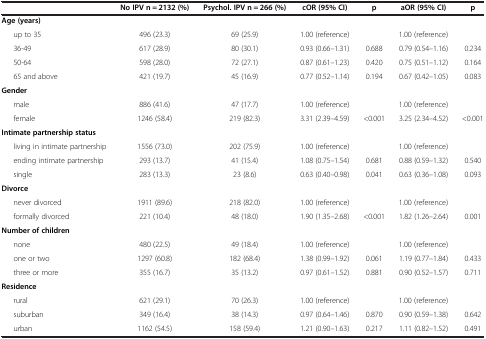
<table><thead><tr><td><b> </b></td><td><b>No IPV n = 2132 (%)</b></td><td><b>Psychol. IPV n = 266 (%)</b></td><td><b>cOR (95% CI)</b></td><td><b>p</b></td><td><b>aOR (95% CI)</b></td><td><b>p</b></td></tr></thead><tbody><tr><td><b>Age (years)</b></td><td> </td><td> </td><td> </td><td> </td><td> </td><td> </td></tr><tr><td>up to 35</td><td>496 (23.3)</td><td>69 (25.9)</td><td>1.00 (reference)</td><td> </td><td>1.00 (reference)</td><td> </td></tr><tr><td>36-49</td><td>617 (28.9)</td><td>80 (30.1)</td><td>0.93 (0.66–1.31)</td><td>0.688</td><td>0.79 (0.54–1.16)</td><td>0.234</td></tr><tr><td>50-64</td><td>598 (28.0)</td><td>72 (27.1)</td><td>0.87 (0.61–1.23)</td><td>0.420</td><td>0.75 (0.51–1.12)</td><td>0.164</td></tr><tr><td>65 and above</td><td>421 (19.7)</td><td>45 (16.9)</td><td>0.77 (0.52–1.14)</td><td>0.194</td><td>0.67 (0.42–1.05)</td><td>0.083</td></tr><tr><td><b>Gender</b></td><td> </td><td> </td><td> </td><td> </td><td> </td><td> </td></tr><tr><td>male</td><td>886 (41.6)</td><td>47 (17.7)</td><td>1.00 (reference)</td><td> </td><td>1.00 (reference)</td><td> </td></tr><tr><td>female</td><td>1246 (58.4)</td><td>219 (82.3)</td><td>3.31 (2.39–4.59)</td><td>&lt;0.001</td><td>3.25 (2.34–4.52)</td><td>&lt;0.001</td></tr><tr><td><b>Intimate partnership status</b></td><td> </td><td> </td><td> </td><td> </td><td> </td><td> </td></tr><tr><td>living in intimate partnership</td><td>1556 (73.0)</td><td>202 (75.9)</td><td>1.00 (reference)</td><td> </td><td>1.00 (reference)</td><td> </td></tr><tr><td>ending intimate partnership</td><td>293 (13.7)</td><td>41 (15.4)</td><td>1.08 (0.75–1.54)</td><td>0.681</td><td>0.88 (0.59–1.32)</td><td>0.540</td></tr><tr><td>single</td><td>283 (13.3)</td><td>23 (8.6)</td><td>0.63 (0.40–0.98)</td><td>0.041</td><td>0.63 (0.36–1.08)</td><td>0.093</td></tr><tr><td><b>Divorce</b></td><td> </td><td> </td><td> </td><td> </td><td> </td><td> </td></tr><tr><td>never divorced</td><td>1911 (89.6)</td><td>218 (82.0)</td><td>1.00 (reference)</td><td> </td><td>1.00 (reference)</td><td> </td></tr><tr><td>formally divorced</td><td>221 (10.4)</td><td>48 (18.0)</td><td>1.90 (1.35–2.68)</td><td>&lt;0.001</td><td>1.82 (1.26–2.64)</td><td>0.001</td></tr><tr><td><b>Number of children</b></td><td> </td><td> </td><td> </td><td> </td><td> </td><td> </td></tr><tr><td>none</td><td>480 (22.5)</td><td>49 (18.4)</td><td>1.00 (reference)</td><td> </td><td>1.00 (reference)</td><td> </td></tr><tr><td>one or two</td><td>1297 (60.8)</td><td>182 (68.4)</td><td>1.38 (0.99–1.92)</td><td>0.061</td><td>1.19 (0.77–1.84)</td><td>0.433</td></tr><tr><td>three or more</td><td>355 (16.7)</td><td>35 (13.2)</td><td>0.97 (0.61–1.52)</td><td>0.881</td><td>0.90 (0.52–1.57)</td><td>0.711</td></tr><tr><td><b>Residence</b></td><td> </td><td> </td><td> </td><td> </td><td> </td><td> </td></tr><tr><td>rural</td><td>621 (29.1)</td><td>70 (26.3)</td><td>1.00 (reference)</td><td> </td><td>1.00 (reference)</td><td> </td></tr><tr><td>suburban</td><td>349 (16.4)</td><td>38 (14.3)</td><td>0.97 (0.64–1.46)</td><td>0.870</td><td>0.90 (0.59–1.38)</td><td>0.642</td></tr><tr><td>urban</td><td>1162 (54.5)</td><td>158 (59.4)</td><td>1.21 (0.90–1.63)</td><td>0.217</td><td>1.11 (0.82–1.52)</td><td>0.491</td></tr></tbody></table>